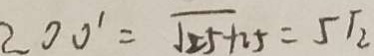
2 0 0 ^ { \prime } = \sqrt { 2 5 + 2 5 } = 5 \sqrt { 2 }